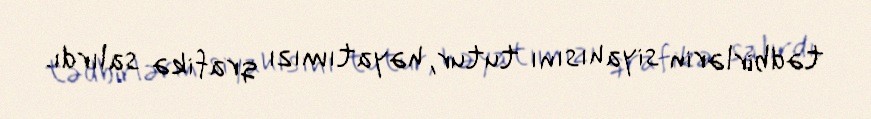
tədbirlərin siyahısını tutur, həyatımızı qrafikə salırdı.